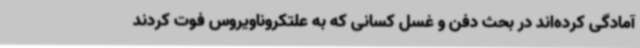
آمادگی کرده‌اند در بحث دفن و غسل کسانی که به علتکروناویروس فوت کردند